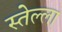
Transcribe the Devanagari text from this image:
स्तेल्ला